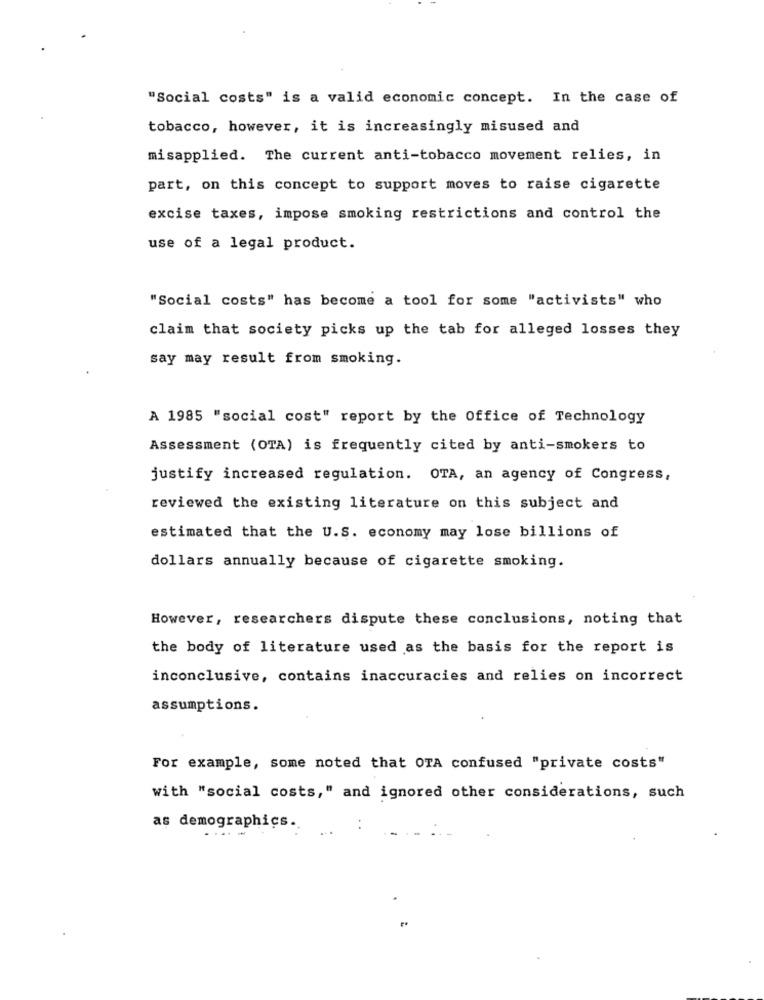
"Social costs" is a valid economic concept. In the case of
tobacco, however, it is increasingly misused and
misapplied. The current anti-tobacco movement relies, in
part, on this concept to support moves to raise cigarette
excise taxes, impose smoking restrictions and control the
use of a legal product.
"Social costs" has become a tool for some "activists" who
claim that society picks up the tab for alleged losses they
say may result from smoking.
A 1985 "social cost" report by the Office of Technology
Assessment (OTA) is frequently cited by anti-smokers to
justify increased regulation. OTA, an agency of Congress,
reviewed the existing literature on this subject and
estimated that the U.S. economy may lose billions of
dollars annually because of cigarette smoking.
However, researchers dispute these conclusions, noting that
the body of literature used as the basis for the report is
inconclusive, contains inaccuracies and relies on incorrect
assumptions.
For example, some noted that OTA confused "private costs"
with "social costs," and ignored other considerations, such
as demographics.
....-